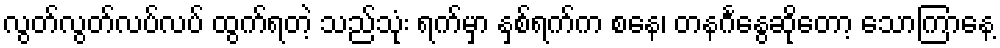
လွတ်လွတ်လပ်လပ် ထွက်ရတဲ့ သည်သုံး ရက်မှာ နှစ်ရက်က စနေ၊ တနင်္ဂနွေဆိုတော့ သောကြာနေ့